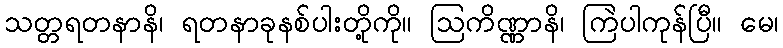
သတ္တရတနာနိ၊ ရတနာခုနစ်ပါးတို့ကို။ ဩကိဏ္ဏာနိ၊ ကြဲပါကုန်ပြီ။ မေ၊